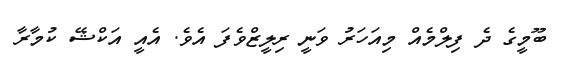
ބޫމީގެ ދެ ފިލްމެއް މިއަހަރު ވަނީ ރިލީޒްވެފަ އެވެ. އެއީ އަކްޝޭ ކުމާރާ